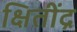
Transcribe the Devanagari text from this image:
क्षितींद्र